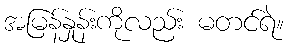
အမြန်နှုန်းကိုလည်း မတင်ရဲ။